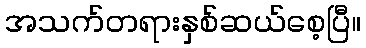
အသက်တရားနှစ်ဆယ်စေ့ပြီ။